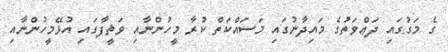
ގެ މަގުގައި ދަޢްވަތުގެ މައިދާނުގައި މަސައްކަތް ކުރާ މީހުންނާއި ވަޡީފާގައި އުޅޭމީހުންނާއި